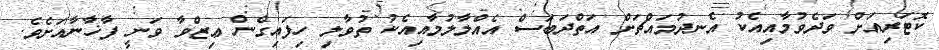
ކޮޓަރިއަށް ވަދެވުމާއިއެކު އެނދުމައްޗަށް އަތްދަބަސް އެއްލާލުމާއިއެކު ތުވާލި ހިފައިގެން ޢިޒްވާ ވަނީ ފާޚާނާއަށެވެ.